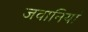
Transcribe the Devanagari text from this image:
जवानियां